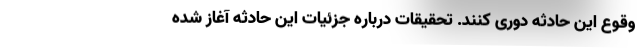
وقوع این حادثه دوری کنند. تحقیقات درباره جزئیات این حادثه آغاز شده